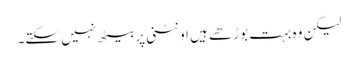
لیکن وہ بہت بوڑھے ہیں اونٹنی پر بیٹھ نہیں سکتے۔